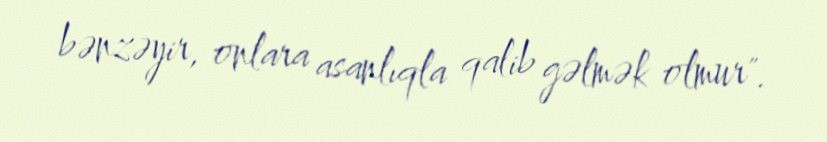
bənzəyir, onlara asanlıqla qalib gəlmək olmur".